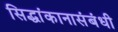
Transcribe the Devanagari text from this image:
सिद्धांकानासंबंधी